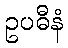
ဥပဓီနံ